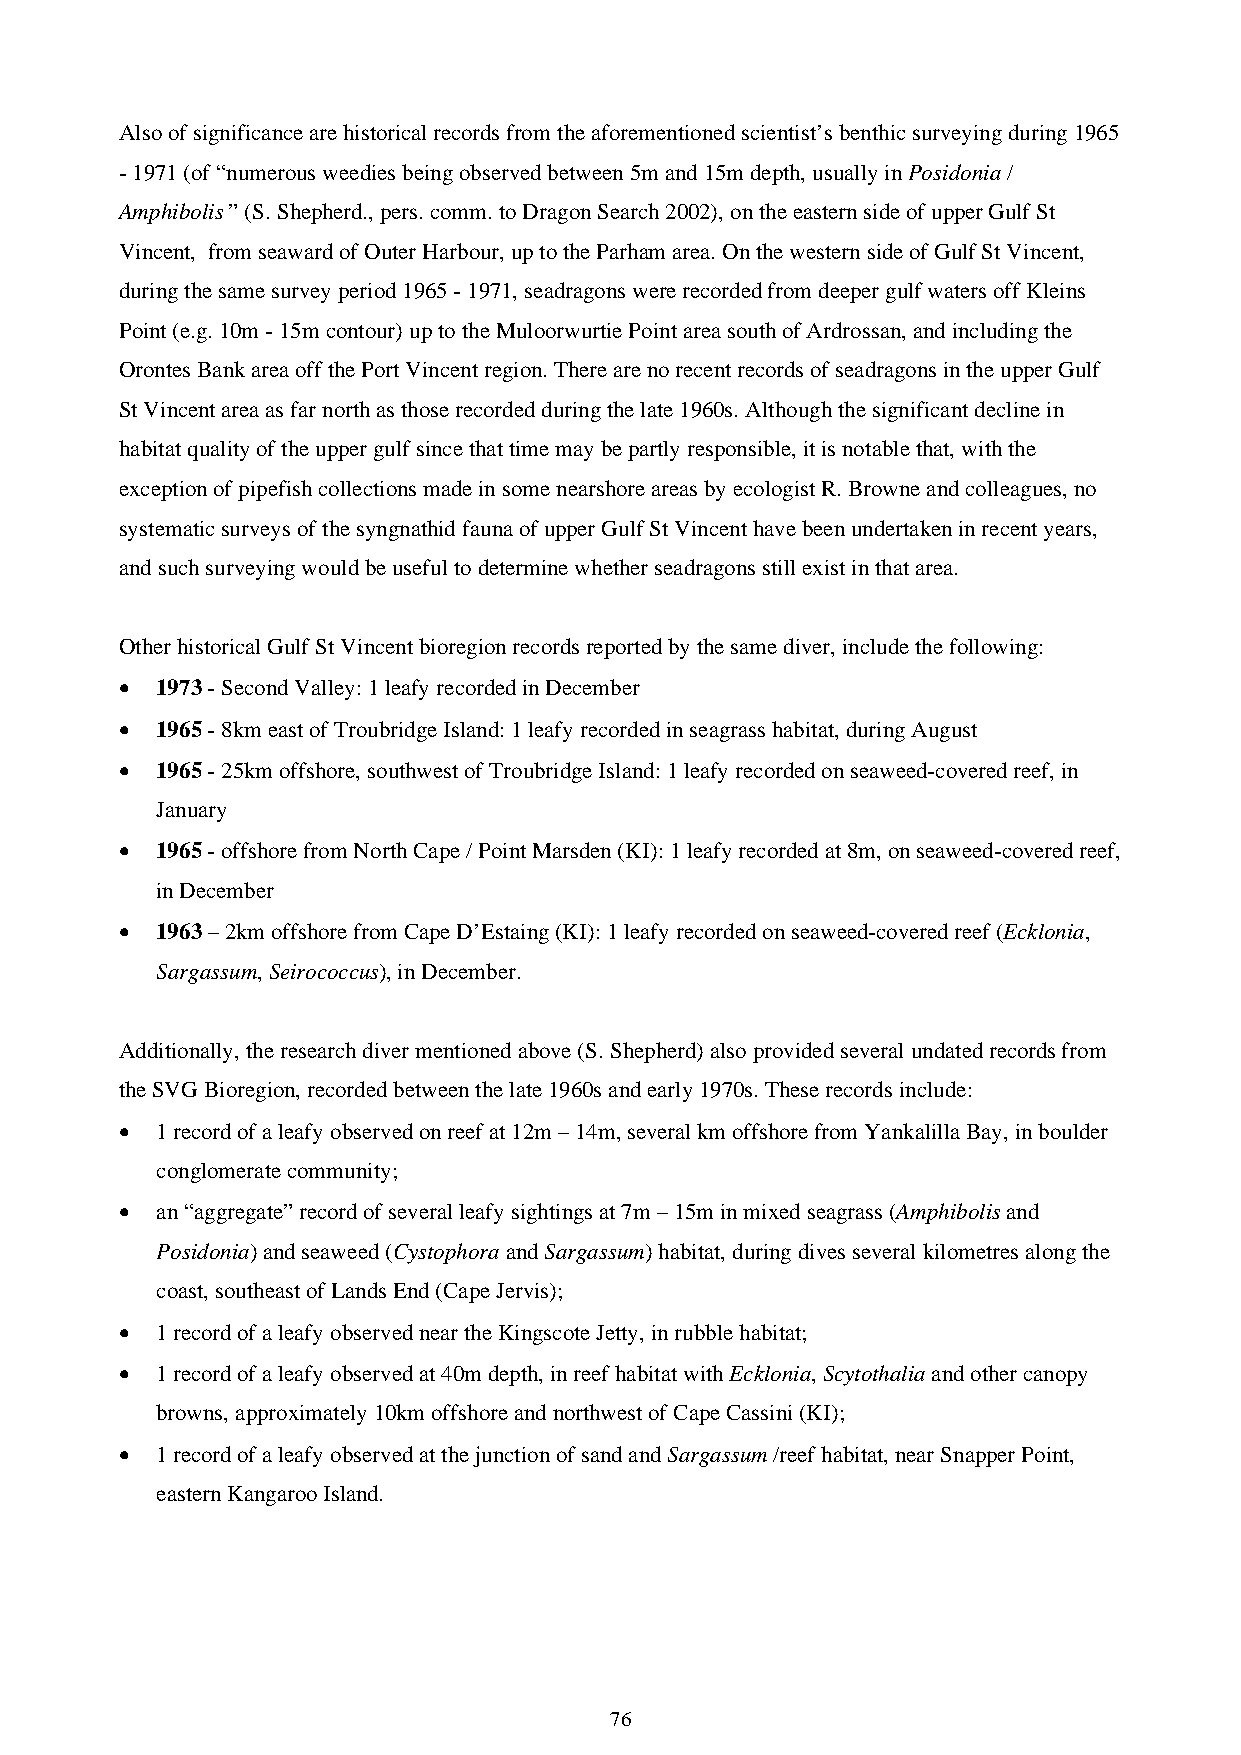
Also of significance are historical records from the aforementioned scientist’s benthic surveying during 1965
 - 1971 (of “numerous weedies being observed between 5m and 15m depth, usually in Posidonia /
 Amphibolis ” (S. Shepherd., pers. comm. to Dragon Search 2002), on the eastern side of upper Gulf St
 Vincent, from seaward of Outer Harbour, up to the Parham area. On the western side of Gulf St Vincent,
 during the same survey period 1965 - 1971, seadragons were recorded from deeper gulf waters off Kleins
 Point (e.g. 10m - 15m contour) up to the Muloorwurtie Point area south of Ardrossan, and including the
 Orontes Bank area off the Port Vincent region. There are no recent records of seadragons in the upper Gulf
 St Vincent area as far north as those recorded during the late 1960s. Although the significant decline in
 habitat quality of the upper gulf since that time may be partly responsible, it is notable that, with the
 exception of pipefish collections made in some nearshore areas by ecologist R. Browne and colleagues, no
 systematic surveys of the syngnathid fauna of upper Gulf St Vincent have been undertaken in recent years,
 and such surveying would be useful to determine whether seadragons still exist in that area.
 Other historical Gulf St Vincent bioregion records reported by the same diver, include the following:
 • 1973 - Second Valley: 1 leafy recorded in December
 • 1965 - 8km east of Troubridge Island: 1 leafy recorded in seagrass habitat, during August
 • 1965 - 25km offshore, southwest of Troubridge Island: 1 leafy recorded on seaweed-covered reef, in
 January
 • 1965 - offshore from North Cape / Point Marsden (KI): 1 leafy recorded at 8m, on seaweed-covered reef,
 in December
 • 1963 – 2km offshore from Cape D’Estaing (KI): 1 leafy recorded on seaweed-covered reef (Ecklonia,
 Sargassum, Seirococcus), in December.
 Additionally, the research diver mentioned above (S. Shepherd) also provided several undated records from
 the SVG Bioregion, recorded between the late 1960s and early 1970s. These records include:
 • 1 record of a leafy observed on reef at 12m – 14m, several km offshore from Yankalilla Bay, in boulder
 conglomerate community;
 • an “aggregate” record of several leafy sightings at 7m – 15m in mixed seagrass (Amphibolis and
 Posidonia) and seaweed (Cystophora and Sargassum) habitat, during dives several kilometres along the
 coast, southeast of Lands End (Cape Jervis);
 • 1 record of a leafy observed near the Kingscote Jetty, in rubble habitat;
 • 1 record of a leafy observed at 40m depth, in reef habitat with Ecklonia, Scytothalia and other canopy
 browns, approximately 10km offshore and northwest of Cape Cassini (KI);
 • 1 record of a leafy observed at the junction of sand and Sargassum /reef habitat, near Snapper Point,
 eastern Kangaroo Island.
 76